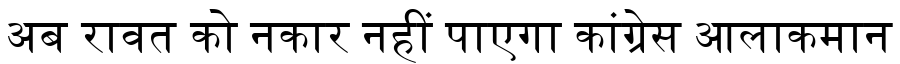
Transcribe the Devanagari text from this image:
अब रावत को नकार नहीं पाएगा कांग्रेस आलाकमान